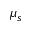
\mu _ { s }